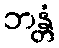
ဘန္တံ